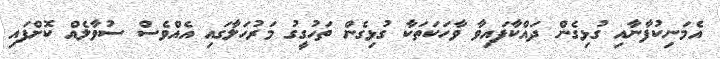
އެމަނިކުފާނާއި ގުޅިގެން ދައްކާފައިވާ ވާހަކަތަކާ ގުޅިގެން ތަހުގީގު މަރުހަލާގައި އެއްވެސް ސުވާލެއް ކޮށްފައި